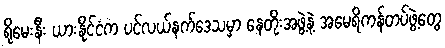
ရိုမေးနီး ယားနိုင်ငံက ပင်လယ်နက်ဒေသမှာ နေတိုးအဖွဲ့နဲ့ အမေရိကန်တပ်ဖွဲ့တွေ